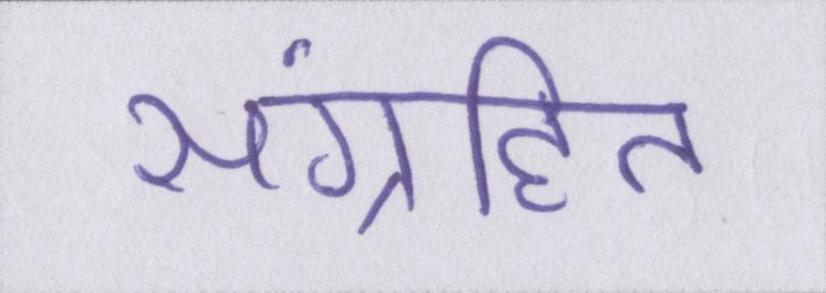
संग्रहित